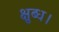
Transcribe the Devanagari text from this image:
क्षुब्ध।